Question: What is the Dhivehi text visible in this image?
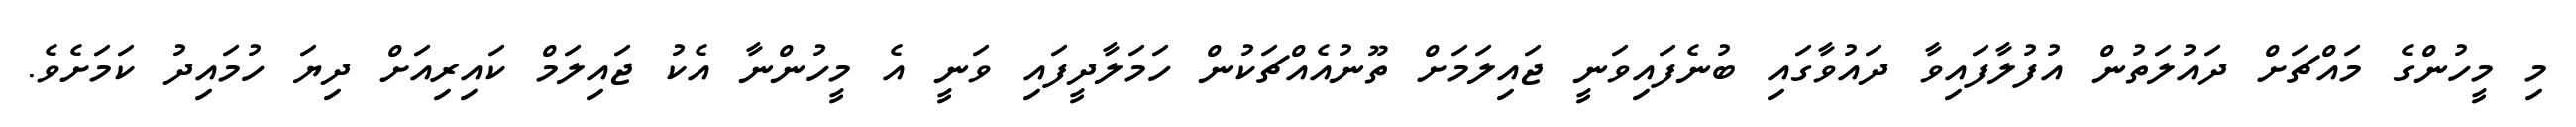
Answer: މި މީހުންގެ މައްޗަށް ދައުލަތުން އުފުލާފައިވާ ދައުވާގައި ބުނެފައިވަނީ ޖައިލަމަށް ތޫނުއެއްޗަކުން ހަމަލާދީފައި ވަނީ އެ މީހުންނާ އެކު ޖައިލަމް ކައިރިއަށް ދިޔަ ހުމައިދު ކަމަށެވެ.